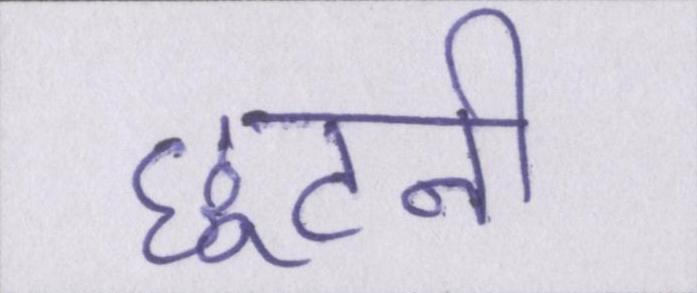
छूटनी